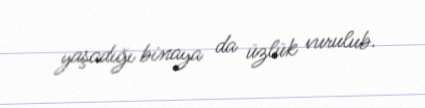
yaşadığı binaya da üzlük vurulub.